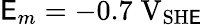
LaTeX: \mathsf{E}_{m}=-0.7\; \mathrm{{V}}_{\mathrm{{SH\mathsf{E}}}}